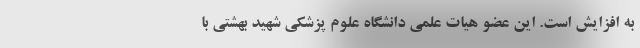
به افزایش است. این عضو هیات علمی دانشگاه علوم پزشکی شهید بهشتی با